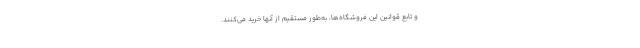
و تابع قوانین این فروشگاه‌ها، به‌طور مستقیم از آنها خرید می‌کنند.